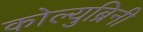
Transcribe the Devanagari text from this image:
कोल्युब्रिनी